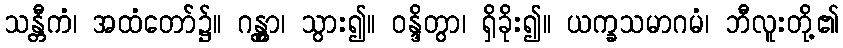
သန္တီကံ၊ အထံတော်၌။ ဂန္တွာ၊ သွား၍။ ဝန္ဒိတွာ၊ ရှိခိုး၍။ ယက္ခသမာဂမံ၊ ဘီလူးတို့၏